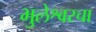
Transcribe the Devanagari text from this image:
भुलेश्वरचा